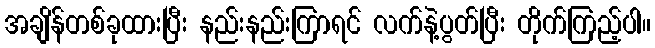
အချိန်တစ်ခုထားပြီး နည်းနည်းကြာရင် လက်နဲ့ပွတ်ပြီး တိုက်ကြည့်ပါ။